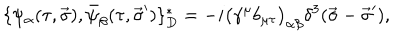
\{ \psi _ { \alpha } ( \tau , \vec { \sigma } ) , \bar { \psi } _ { \beta } ( \tau , \vec { \sigma } ^ { \prime } ) \} _ { D } ^ { \ast } = - i \big ( \gamma ^ { \mu } b _ { \mu \tau } \big ) _ { \alpha \beta } \delta ^ { 3 } ( \vec { \sigma } - \vec { \sigma } ^ { \prime } ) ,